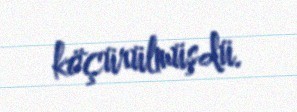
köçürülmüşdü.